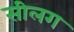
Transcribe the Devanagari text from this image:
सीलग